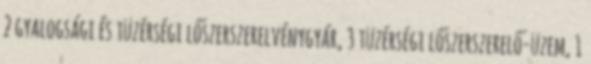
2 gyalogsági és tüzérségi lőszerszerelvénygyár, 3 tüzérségi lőszerszerelő-üzem, 1